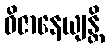
ဝိဇာနေယျန္တိ